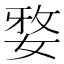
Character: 𭒀